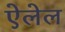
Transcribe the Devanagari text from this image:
ऐलेल